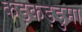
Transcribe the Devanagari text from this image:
कड़कड़डुमा